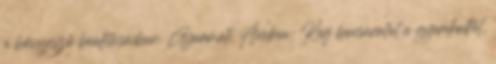
a böngésző beállításaiban. Gyarmati Andrea: Kérj bocsánatot a gyerekedtől,